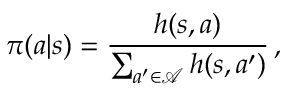
\pi ( a | s ) = \frac { h ( s , a ) } { \sum _ { a ^ { \prime } \in \mathcal { A } } h ( s , a ^ { \prime } ) } \, ,